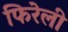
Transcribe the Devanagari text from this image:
फिरेली